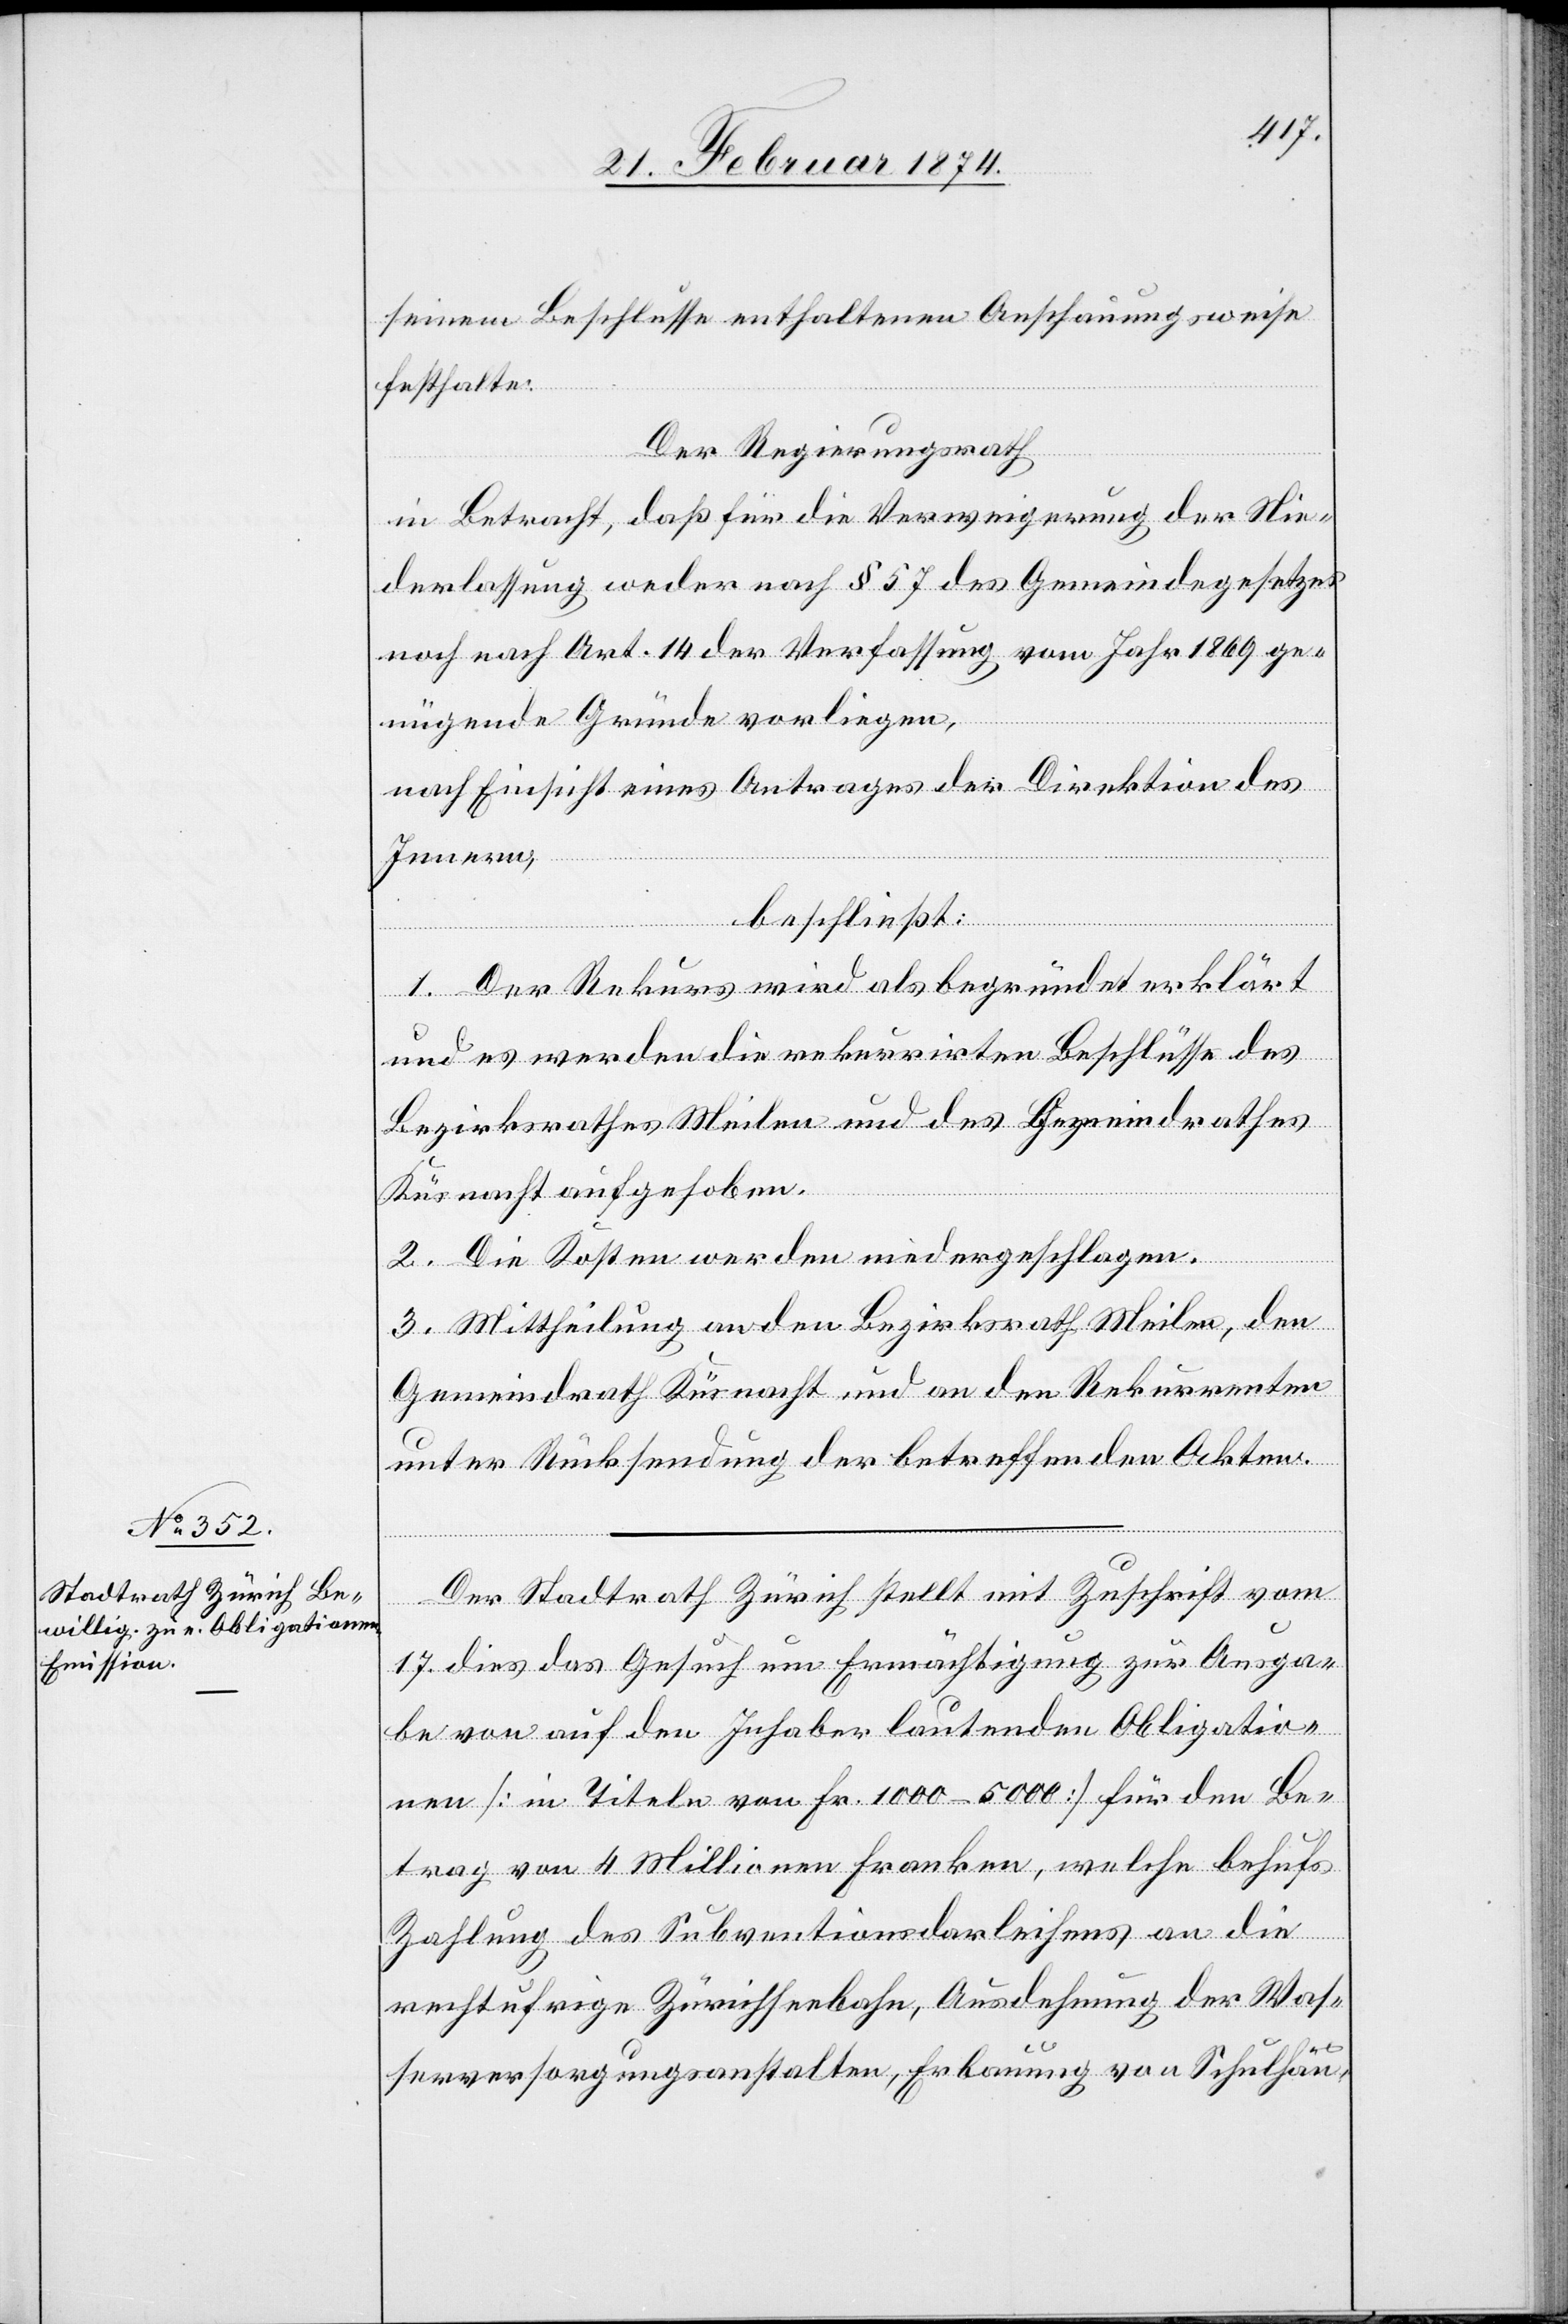
seinem Beschlusse enthaltenen Anschauungsweise
festhalte:
Der Regierungsrath
in Betracht, daß für die Verweigerung der Nie¬
derlassung weder nach § 57 des Gemeindegesetzes
noch nach Art. 14 der Verfassung vom Jahr 1869 ge¬
nügend Gründe vorliegen,
nach Einsicht eines Antrages der Direktion des
Innern,
beschließt:
1. Der Rekurs wird als begründet erklärt
und es werden die rekurrirten Beschlüsse des
Bezirksrathes Meilen und des Gemeindrathes
Küsnacht aufgehoben.
2. Die Kosten werden niedergeschlagen.
3. Mittheilung an den Bezirksrath Meilen, den
Gemeindrath Küsnacht und an den Rekurrenten
unter Rücksendung der betreffenden Akten.
Der Stadtrath Zürich stellt mit Zuschrift vom
17. dies das Gesuch um Ermächtigung zur Ausga¬
be von auf den Inhaber lautenden Obligatio¬
nen [in Titeln von Fr. 1000–5000] für den Be¬
trag von 4 Millionen Franken, welche behufs
Zahlung des Subventionsdarleihens an die
rechtufrige Zürichseebahn, Ausdehnung der Was¬
serversorgungsanstalten, Erbauung von Schulhäu-